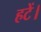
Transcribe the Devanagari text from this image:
हटें।